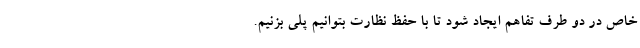
خاص در دو طرف تفاهم ایجاد شود تا با حفظ نظارت بتوانیم پلی بزنیم.